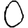
Digit: 0